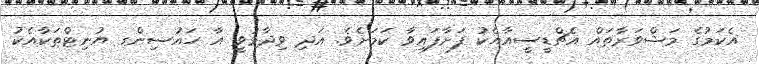
އެކަމުގެ މަޝްވަރާތައް އެޗްޑީސީއާއެކު ފަށާފައިވާ ކަމަށެވެ. އަދި ވިދާޅުވީ އާ ހައުސިންގ ޔުނިޓްތަކާއެކު